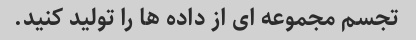
تجسم مجموعه ای از داده ها را تولید کنید.